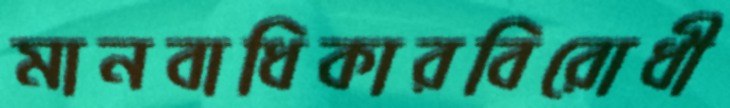
মানবাধিকারবিরোধী